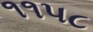
૧૧પ૮